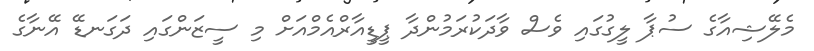
މެލޭޝިއާގެ ސުޕާ ލީގުގައި ވެސް ވާދަކުރަމުންދާ ޕީޑީއާރްއެމްއަށް މި ސީޒަންގައި ދަގަނޑޭ އޭނާގެ